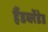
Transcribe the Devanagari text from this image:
हैंडब्लेंडेड